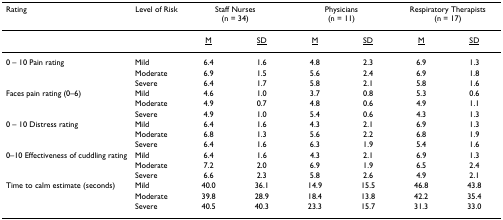
| Rating | Level of Risk | <COLSPAN=2> Staff Nurses (n = 34) | <COLSPAN=2> Physicians (n = 11) | <COLSPAN=2> Respiratory Therapists (n = 17) |
 | --- | --- | --- | --- | --- | --- | --- | --- |
 |  |  | <underline>M</underline> | <underline>SD</underline> | <underline>M</underline> | <underline>SD</underline> | <underline>M</underline> | <underline>SD</underline> |
 | 0 – 10 Pain rating | Mild | 6.4 | 1.6 | 4.8 | 2.3 | 6.9 | 1.3 |
 |  | Moderate | 6.9 | 1.5 | 5.6 | 2.4 | 6.9 | 1.8 |
 |  | Severe | 6.4 | 1.7 | 5.8 | 2.1 | 5.8 | 1.6 |
 | Faces pain rating (0–6) | Mild | 4.6 | 1.0 | 3.7 | 0.8 | 5.3 | 0.6 |
 |  | Moderate | 4.9 | 0.7 | 4.8 | 0.6 | 4.9 | 1.1 |
 |  | Severe | 4.9 | 1.0 | 5.4 | 0.6 | 4.3 | 1.3 |
 | 0 – 10 Distress rating | Mild | 6.4 | 1.6 | 4.3 | 2.1 | 6.9 | 1.3 |
 |  | Moderate | 6.8 | 1.3 | 5.6 | 2.2 | 6.8 | 1.9 |
 |  | Severe | 6.4 | 1.6 | 6.3 | 1.9 | 5.4 | 1.6 |
 | 0–10 Effectiveness of cuddling rating | Mild | 6.4 | 1.6 | 4.3 | 2.1 | 6.9 | 1.3 |
 |  | Moderate | 7.2 | 2.0 | 6.9 | 1.9 | 6.5 | 2.4 |
 |  | Severe | 6.6 | 2.3 | 5.8 | 2.6 | 4.9 | 2.1 |
 | Time to calm estimate (seconds) | Mild | 40.0 | 36.1 | 14.9 | 15.5 | 46.8 | 43.8 |
 |  | Moderate | 39.8 | 28.9 | 18.4 | 13.8 | 42.2 | 35.4 |
 |  | Severe | 40.5 | 40.3 | 23.3 | 15.7 | 31.3 | 33.0 |